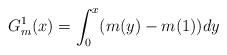
LaTeX: \begin{align*}G^1_m(x) = \int_{0}^{x}(m(y) - m(1))dy\end{align*}